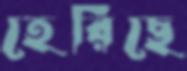
হেরিছে